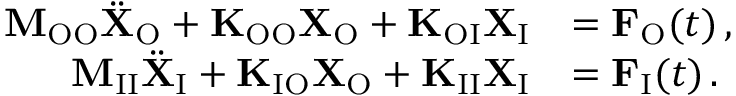
\begin{array} { r l } { \mathbf { M } _ { \mathrm { O O } } \ddot { \mathbf { X } } _ { \mathrm { O } } + \mathbf { K } _ { \mathrm { O O } } \mathbf { X } _ { \mathrm { O } } + \mathbf { K } _ { \mathrm { O I } } \mathbf { X } _ { \mathrm { I } } } & { = \mathbf { F } _ { \mathrm { O } } ( t ) \, , } \\ { \mathbf { M } _ { \mathrm { I I } } \ddot { \mathbf { X } } _ { \mathrm { I } } + \mathbf { K } _ { \mathrm { I O } } \mathbf { X } _ { \mathrm { O } } + \mathbf { K } _ { \mathrm { I I } } \mathbf { X } _ { \mathrm { I } } } & { = \mathbf { F } _ { \mathrm { I } } ( t ) \, . } \end{array}